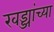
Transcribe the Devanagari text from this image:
खड्ड्यांच्या